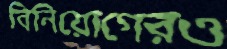
বিনিয়োগেরও